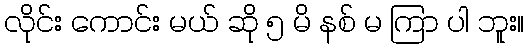
လိုင်း ကောင်း မယ် ဆို ၅ မိ နစ် မ ကြာ ပါ ဘူး။